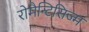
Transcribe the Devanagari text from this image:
रोमैन्टिसिज्म